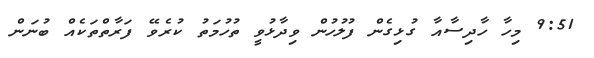
9:51 މިހާ ހާދިސާއާ ގުޅިގެން ފުލުހުން ވިދާޅުވީ ތުހުމަތު ކުރެވޭ ފަރާތްތަކެއް ބުނަން